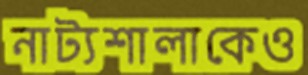
নাট্যশালাকেও